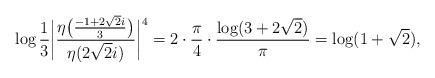
LaTeX: \begin{align*}\log \frac{1}{3} \bigg|\frac{\eta\bigl(\frac{-1+2\sqrt{2} i}{3}\bigr)}{\eta(2\sqrt{2}i)}\bigg|^4 = 2 \cdot \frac{\pi}{4} \cdot \frac{\log (3+2\sqrt{2})}{\pi} = \log(1+\sqrt{2}),\end{align*}